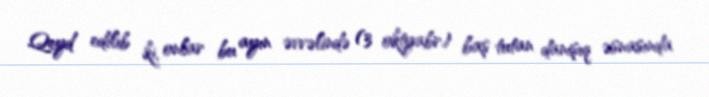
Qeyd edilib ki, onlar bu ayın əvvəlində (3 oktyabr) baş tutan danışıq əsnasında